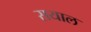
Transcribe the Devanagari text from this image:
सयाल